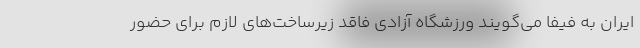
ایران به فیفا می‌گویند ورزشگاه آزادی فاقد زیرساخت‌های لازم برای حضور